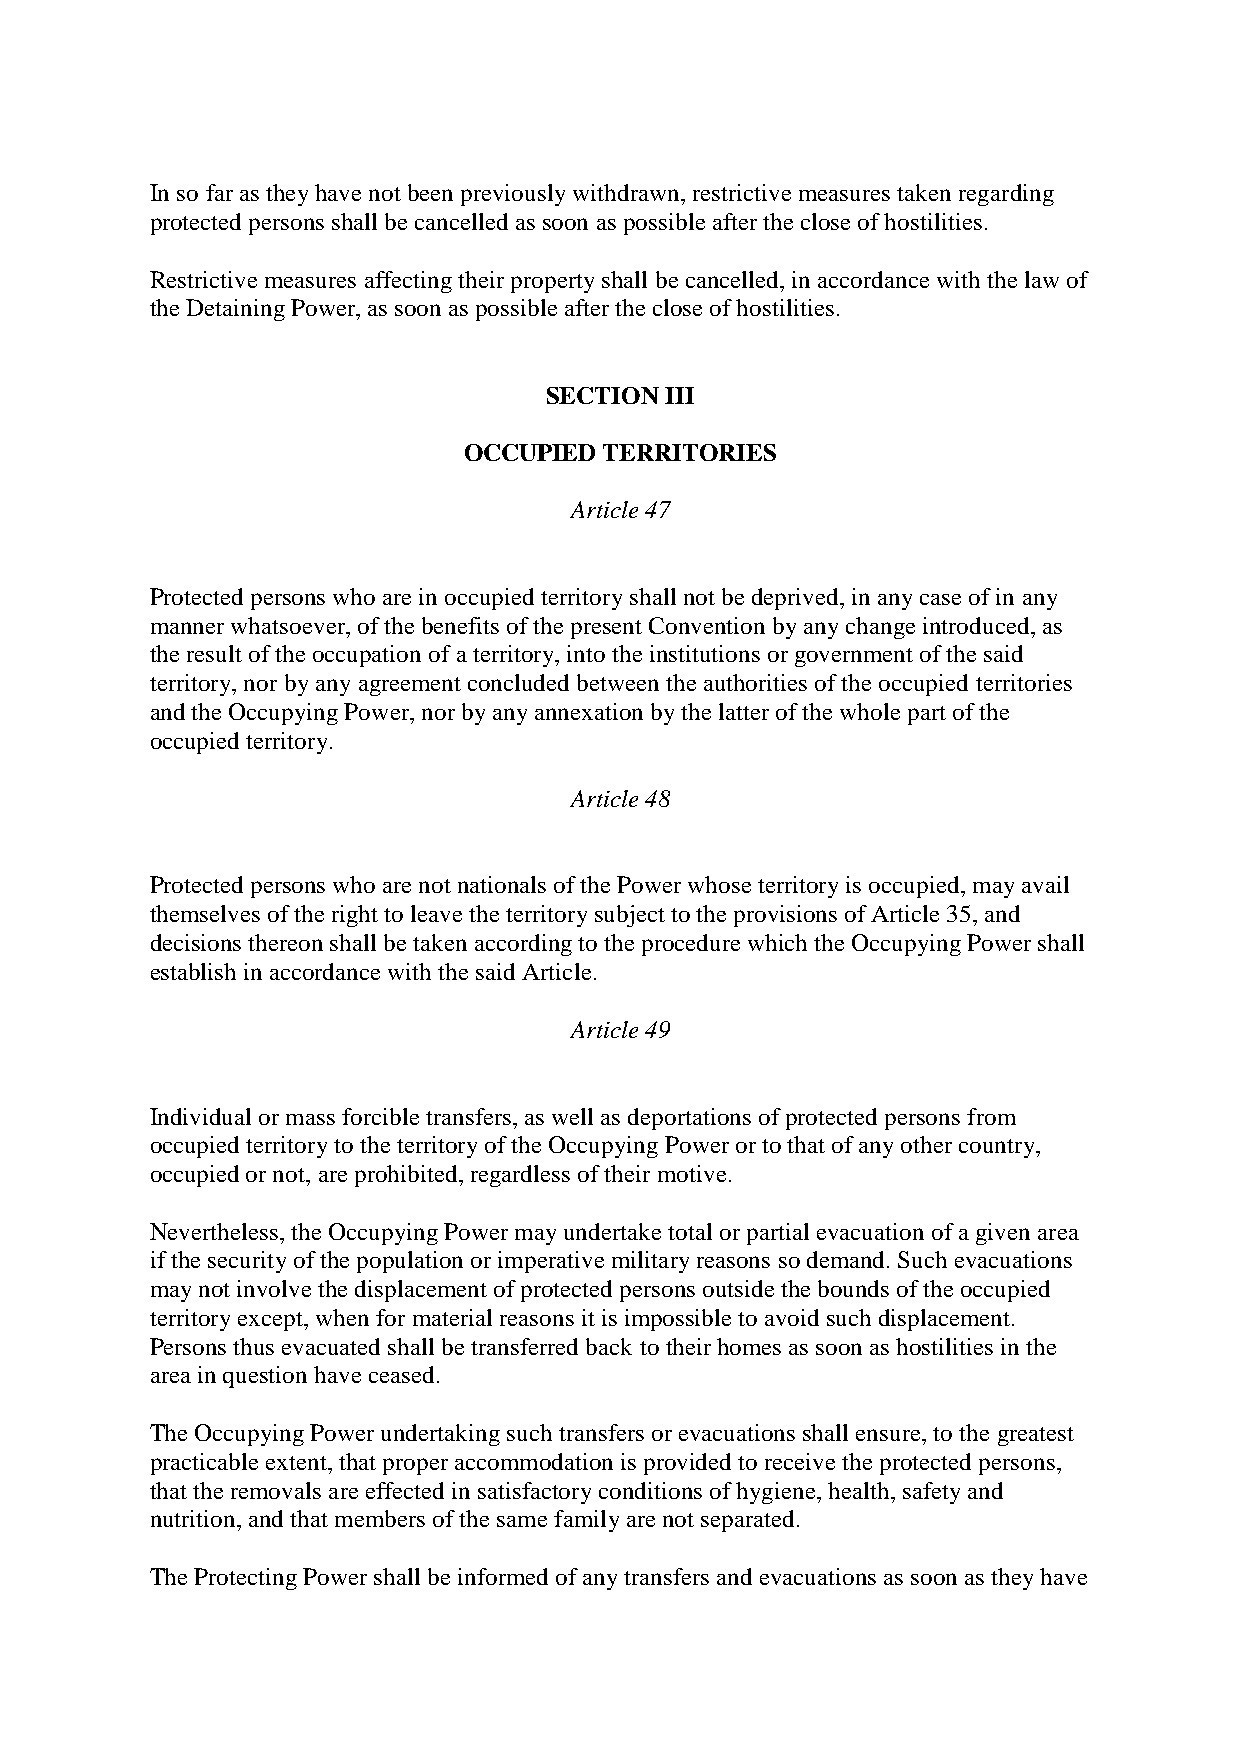
In so far as they have not been previously withdrawn, restrictive measures taken regarding
 protected persons shall be cancelled as soon as possible after the close of hostilities.
 Restrictive measures affecting their property shall be cancelled, in accordance with the law of
 the Detaining Power, as soon as possible after the close of hostilities.
 SECTION III
 OCCUPIED TERRITORIES
 Article 47
 Protected persons who are in occupied territory shall not be deprived, in any case of in any
 manner whatsoever, of the benefits of the present Convention by any change introduced, as
 the result of the occupation of a territory, into the institutions or government of the said
 territory, nor by any agreement concluded between the authorities of the occupied territories
 and the Occupying Power, nor by any annexation by the latter of the whole part of the
 occupied territory.
 Article 48
 Protected persons who are not nationals of the Power whose territory is occupied, may avail
 themselves of the right to leave the territory subject to the provisions of Article 35, and
 decisions thereon shall be taken according to the procedure which the Occupying Power shall
 establish in accordance with the said Article.
 Article 49
 Individual or mass forcible transfers, as well as deportations of protected persons from
 occupied territory to the territory of the Occupying Power or to that of any other country,
 occupied or not, are prohibited, regardless of their motive.
 Nevertheless, the Occupying Power may undertake total or partial evacuation of a given area
 if the security of the population or imperative military reasons so demand. Such evacuations
 may not involve the displacement of protected persons outside the bounds of the occupied
 territory except, when for material reasons it is impossible to avoid such displacement.
 Persons thus evacuated shall be transferred back to their homes as soon as hostilities in the
 area in question have ceased.
 The Occupying Power undertaking such transfers or evacuations shall ensure, to the greatest
 practicable extent, that proper accommodation is provided to receive the protected persons,
 that the removals are effected in satisfactory conditions of hygiene, health, safety and
 nutrition, and that members of the same family are not separated.
 The Protecting Power shall be informed of any transfers and evacuations as soon as they have